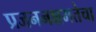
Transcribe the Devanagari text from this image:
प्रजननक्षमतेचा